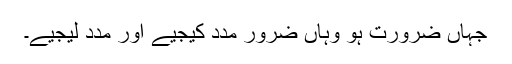
جہاں ضرورت ہو وہاں ضرور مدد کیجیے اور مدد لیجیے۔